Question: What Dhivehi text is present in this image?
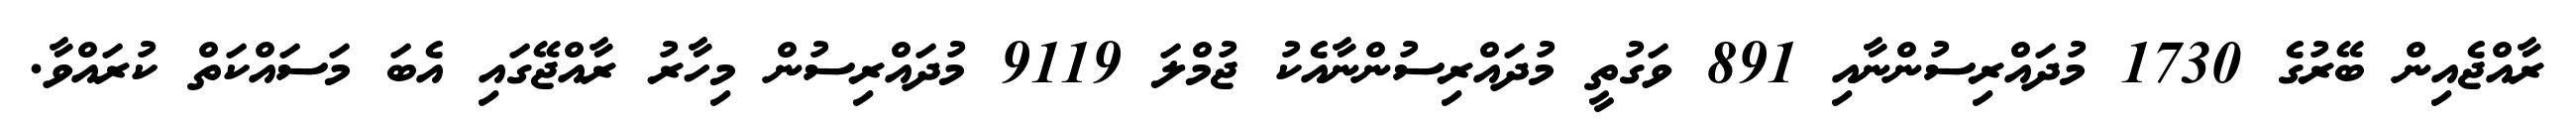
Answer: ރާއްޖެއިން ބޭރުގެ 1730 މުދައްރިސުންނާއި 891 ވަގުތީ މުދައްރިސުންނާއެކު ޖުމްލަ 9119 މުދައްރިސުން މިހާރު ރާއްޖޭގައި އެބަ މަސައްކަތް ކުރައްވާ.